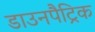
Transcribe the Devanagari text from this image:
डाउनपैट्रिक